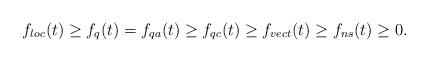
LaTeX: \begin{align*}f_{loc}(t) \ge f_q(t) = f_{qa}(t) \ge f_{qc}(t) \ge f_{vect}(t) \ge f_{ns}(t)\geq 0.\end{align*}